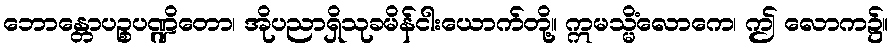
ဘောန္တောပဉ္စပဏ္ဍိတော၊ အိုပညာရှိသုခမိန်ငါးယောက်တို့။ ဣမသ္မိံလောကေ၊ ဤ လောက၌။